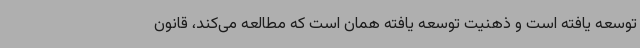
توسعه یافته است و ذهنیت توسعه یافته همان است که مطالعه می‌کند، قانون